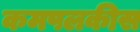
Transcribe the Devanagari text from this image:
कमपलकीस